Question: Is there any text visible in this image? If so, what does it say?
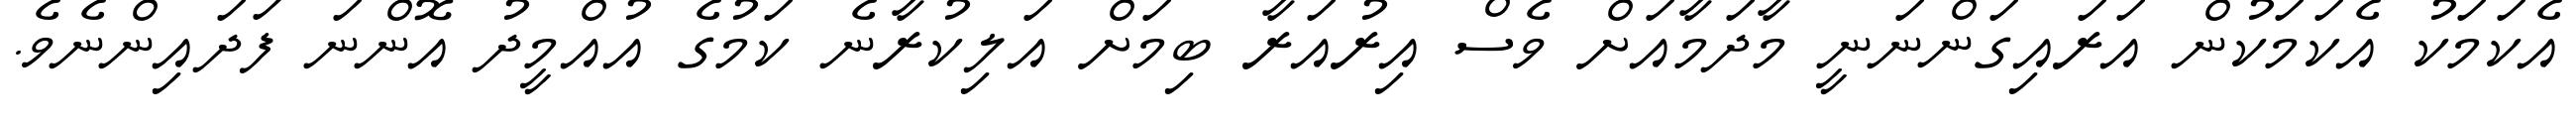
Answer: އެކަމަކު އެކަމަކުން އަރައިގަންނަނީ މާދަމާއަށް ވެސް އިރުއަރާ ބިމަށް އަލިކުރާނެ ކަމުގެ އުއްމީދު އޮންނަ ފަދައިންނެވެ.